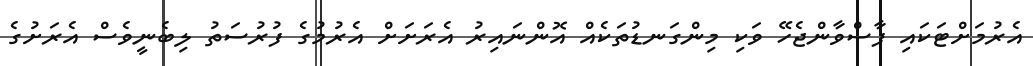
އެރުމަށްޓަކައި ފާސްވާންޖެހޭ ވަކި މިންގަނޑުތަކެއް އޮންނައިރު އެރަށަށް އެރުމުގެ ފުރުސަތު ލިބެނީވެސް އެރަށުގެ